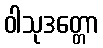
ဝါသုဒတ္တော